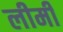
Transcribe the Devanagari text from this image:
लीमी